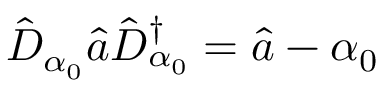
\hat { D } _ { \alpha _ { 0 } } \hat { a } \hat { D } _ { \alpha _ { 0 } } ^ { \dagger } = \hat { a } - \alpha _ { 0 }